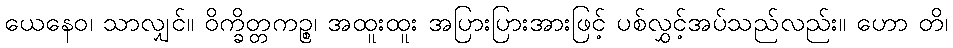
ယေနေဝ၊ သာလျှင်။ ဝိက္ခိတ္တကဉ္စ၊ အထူးထူး အပြားပြားအားဖြင့် ပစ်လွှင့်အပ်သည်လည်း။ ဟော တိ၊